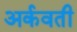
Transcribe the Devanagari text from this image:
अर्कवती